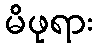
မိဖုရား